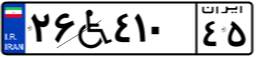
۲۶W۴۱۰۴۵